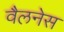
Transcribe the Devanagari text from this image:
वैलनेस